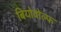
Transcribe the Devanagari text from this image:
बियोवोल्फ